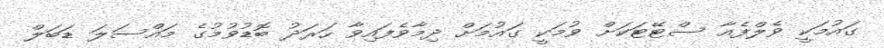
ގައުމަކީ ވެލްފެއާ ސްޓޭޓަކަށް ވުމަކީ ގައުމަށް ދިމާވެފައިވާ ހަރަދު ބޮޑުވުމުގެ މައްސަލަ ޑަބަލް